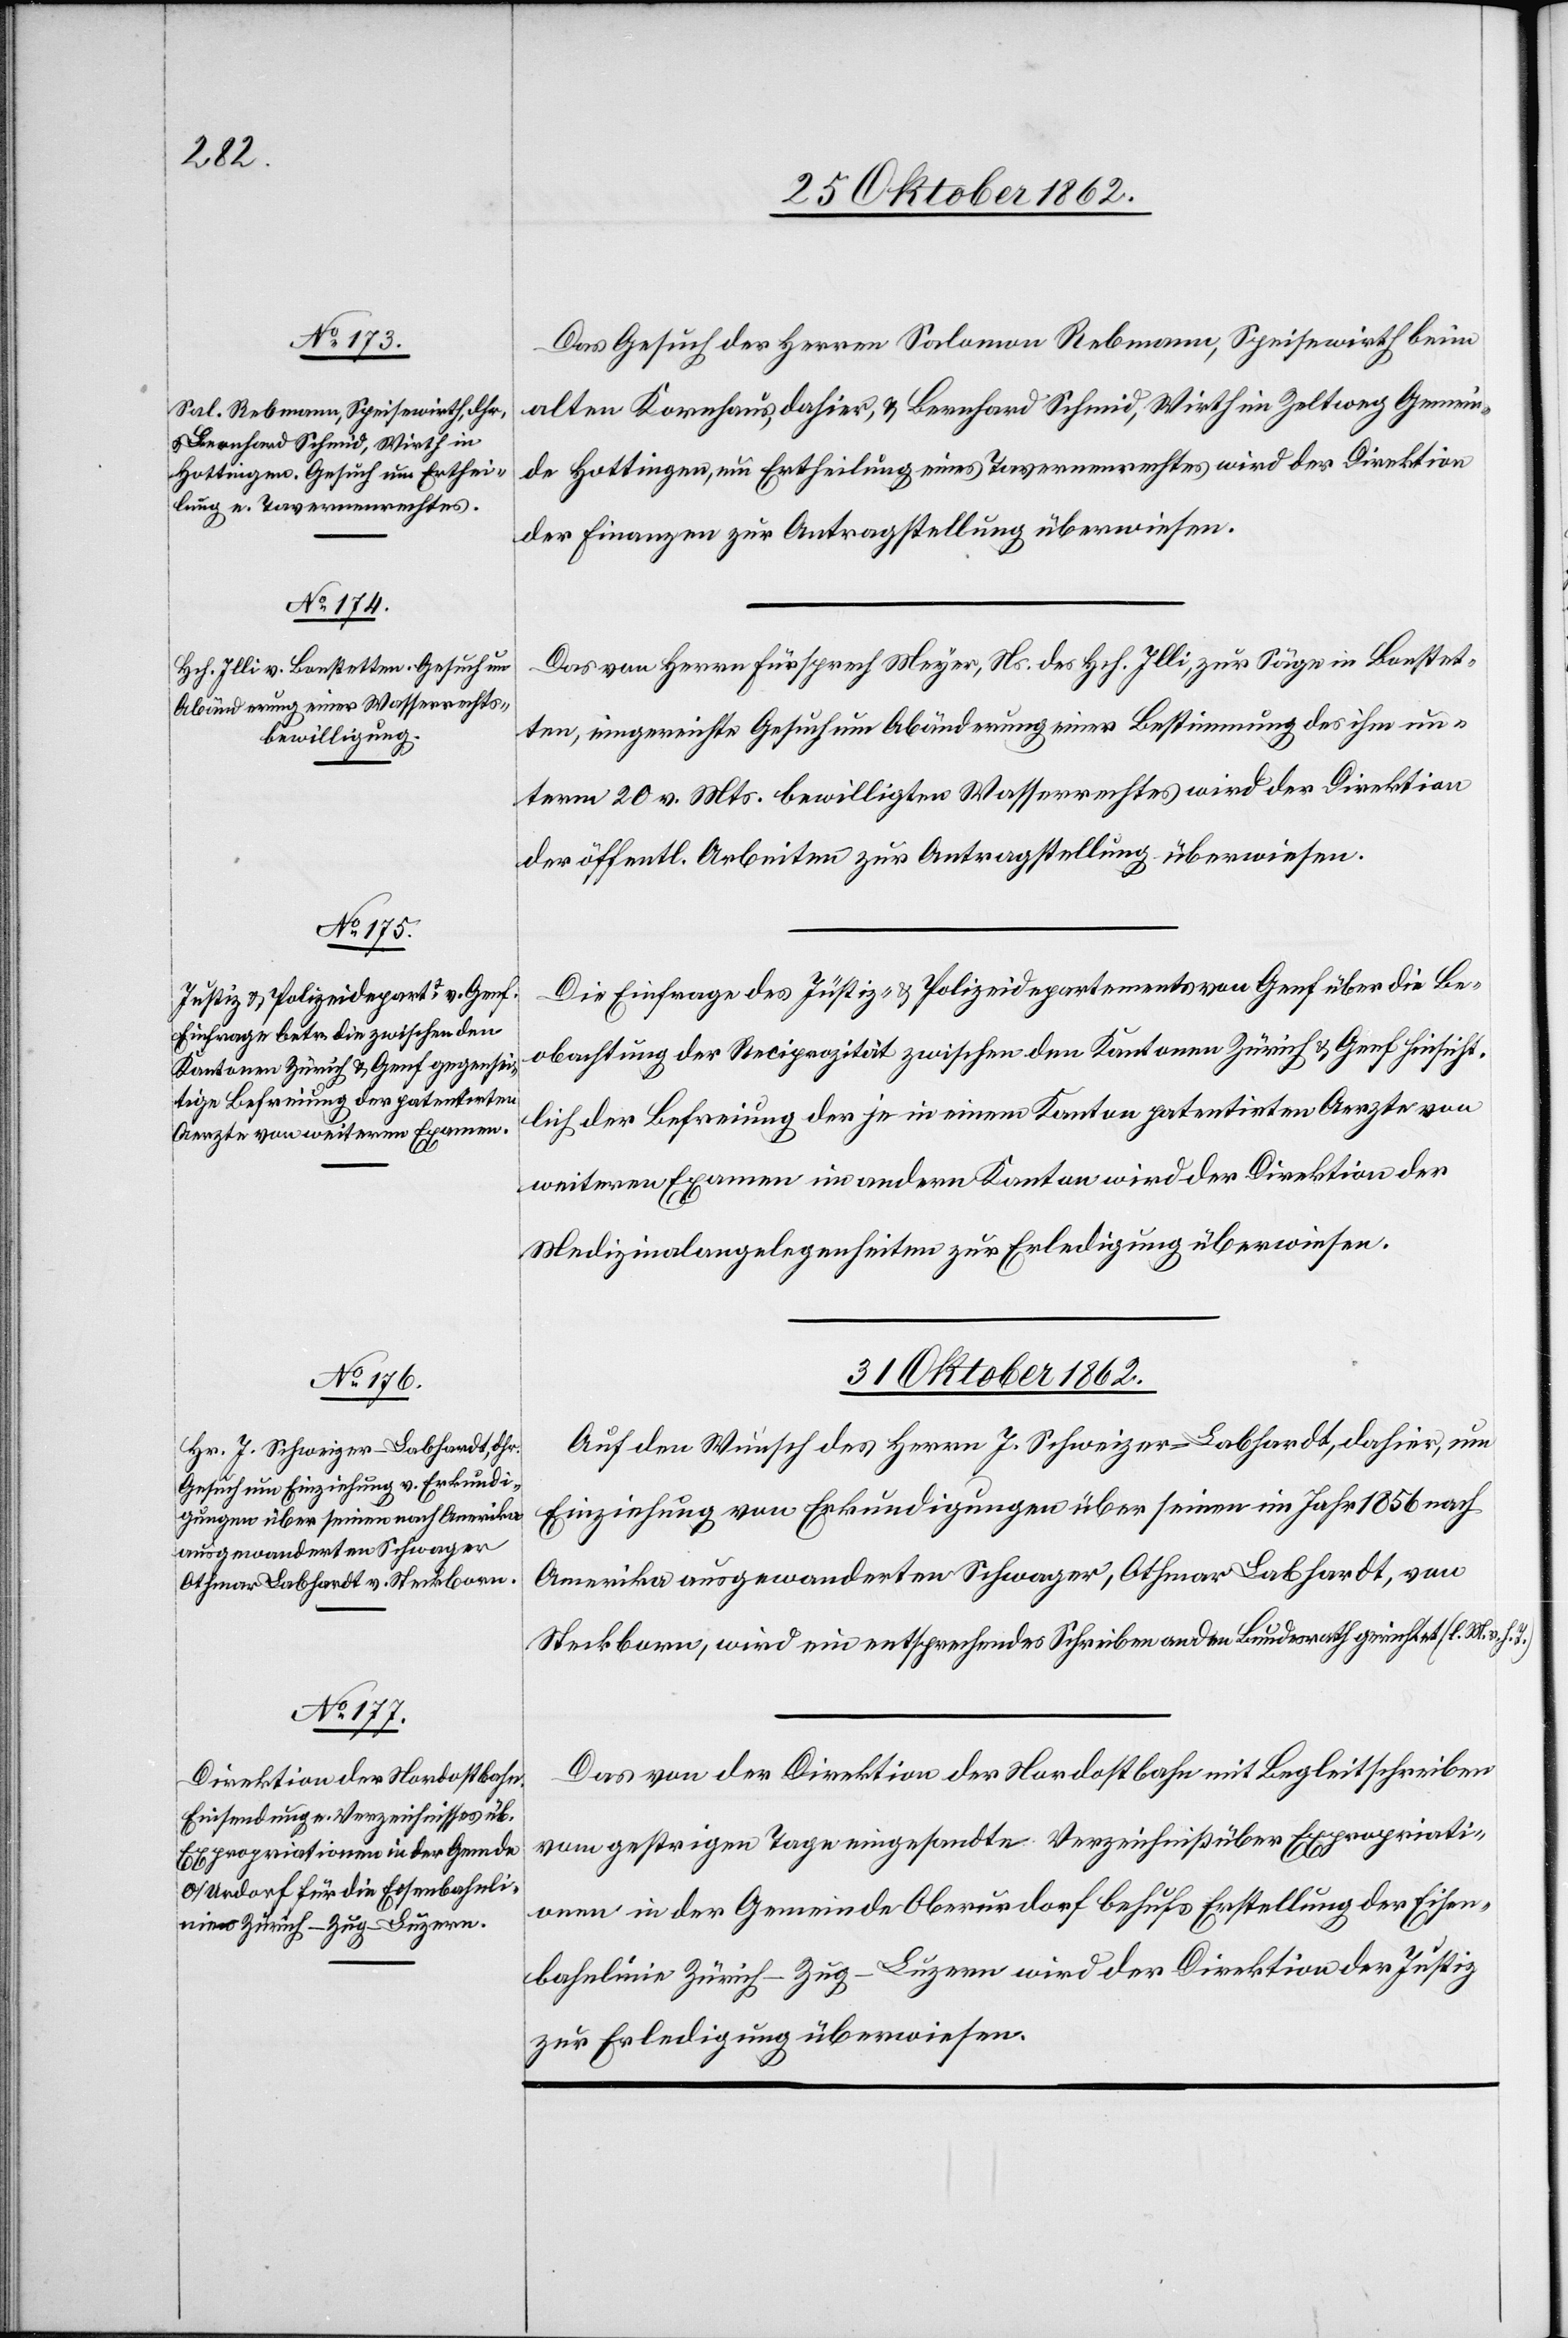
Das Gesuch des Herrn Salomon Rebmann, Speisewirth beim
alten Kornhaus, dahier, u. Bernhard Schmid, Wirth im Zeltweg Gemein¬
de Hottingen, um Ertheilung eines Tavernenrechtes wird der Direktion
der Finanzen zur Antragstellung überwiesen.
Das von Herrn Fürsprech Meyer, Ns. des Hch. Illi, zur Säge in Bonstet¬
ten, eingereichte Gesuch um Abänderung einer Bestimmung des ihm un¬
term 20. v. Mts. bewilligten Wasserrechtes wird der Direktion
der öffentl. Arbeiten zur Antragstellung überwiesen.
Die Einfrage des Justiz­ u. Polizeidepartements von Genf über die Be¬
obachtung der Reciprozität zwischen den Kantonen Zürich u. Genf hinsicht¬
lich der Befreiung der je in einem Kanton patentirten Aerzte von
weiteren Examen im andern Kanton wird der Direktion der
Medizinalangelegenheiten zur Erledigung überwiesen.
31. Oktober 1862.]
Auf den Wunsch des Herrn J. Schweizer-Labhardt, dahier, um
Einziehung von Erkundigungen über seinen im Jahr 1856 nach
Amerika ausgewanderten Schwager, Othmar Labhardt, von
Steckborn, wird ein entsprechendes Schreiben an den Bundesrath gerichtet. (l. M. v. h.
Das von der Direktion der Nordostbahn mit Begleitschreiben
vom gestrigen Tage eingesandte Verzeichniß über Expropriati¬
onen in der Gemeinde Oberurdorf behufs Erstellung der Eisen¬
bahnlinie Zürich–Zug–Luzern wird der Direktion der Justiz
zur Erledigung überwiesen.